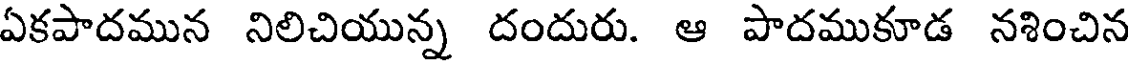
ఏకపాదమున నిలిచియున్న దందురు. ఆ పాదముకూడ నశించిన